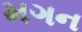
મગન